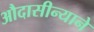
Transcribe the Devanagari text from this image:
औदासीन्याने